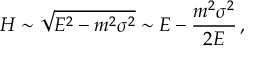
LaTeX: H \sim \sqrt { E ^ { 2 } - m ^ { 2 } \sigma ^ { 2 } } \sim E - \frac { m ^ { 2 } \sigma ^ { 2 } } { 2 E } \, ,